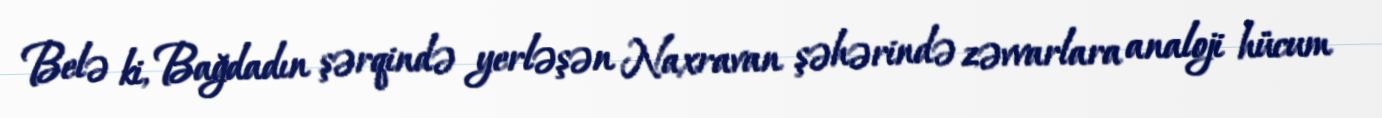
Belə ki, Bağdadın şərqində yerləşən Naxravan şəhərində zəvvarlara analoji hücum